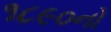
૧૮૯૦નો